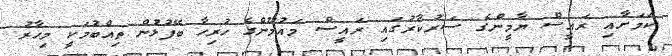
ކަމަށާއި ރައީސް ޔާމީންގެ ސަރުކާރުގައި ރައީސް މައުމޫންގެ ހުރިހާ ބޭފުޅުން ތިއްބުމަކީ މިހާރު